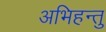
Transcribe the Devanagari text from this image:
अभिहन्तु